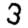
Digit: 3